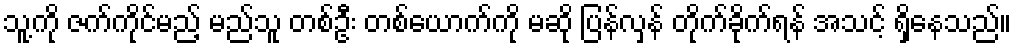
သူ့ကို ဇက်ကိုင်မည့် မည်သူ တစ်ဦး တစ်ယောက်ကို မဆို ပြန်လှန် တိုက်ခိုက်ရန် အသင့် ရှိနေသည်။